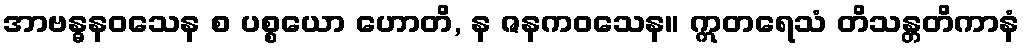
အာဗန္ဓနဝသေန စ ပစ္စယော ဟောတိ, န ဇနကဝသေန။ ဣတရေသံ တိသန္တတိကာနံ